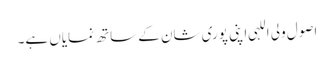
اصول ولی اللہی اپنی پوری شان کے ساتھ نمایاں ہے۔